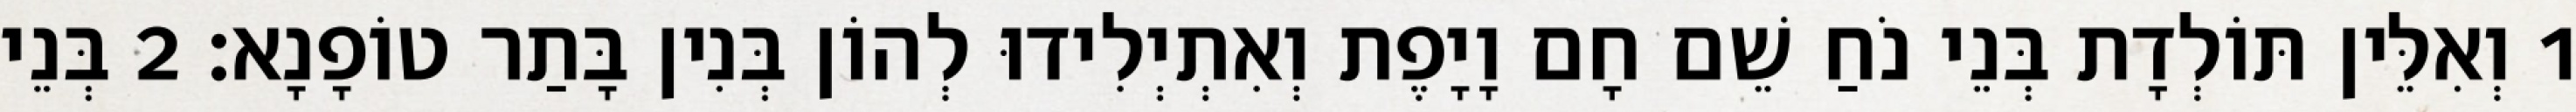
1 וְאִלֵּין תּוֹלְדָת בְּנֵי נֹחַ שֵׁם חָם וָיָפֶת וְאִתְיְלִידוּ לְהוֹן בְּנִין בָּתַר טוֹפָנָא׃ 2 בְּנֵי